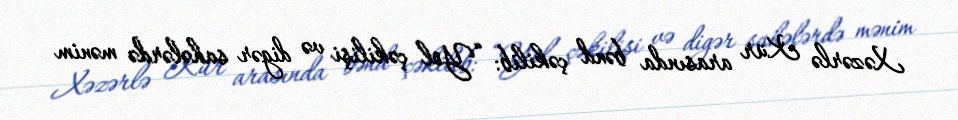
Xəzərlə Kür arasında bənd çəkilib: “Yol çəkilişi və digər sahələrdə mənim